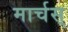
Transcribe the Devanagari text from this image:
मार्चस्